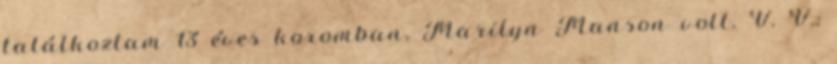
találkoztam 13 éves koromban, Marilyn Manson volt. V. V.: